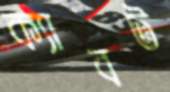
ক্যাবট